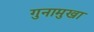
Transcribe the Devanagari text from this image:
गुनामुखा